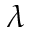
\lambda